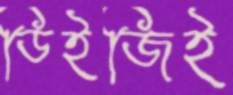
ডিইজিই